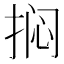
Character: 𫼽